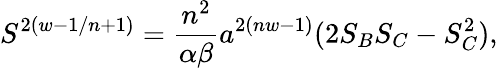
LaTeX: S^{2(w-1/n+1)}={\frac{n^{2}}{\alpha\beta}}a^{2(nw-1)}(2S_{B}S_{C}-S_{C}^{2}),